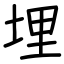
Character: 埋